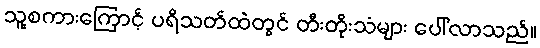
သူ့စကားကြောင့် ပရိသတ်ထဲတွင် တီးတိုးသံများ ပေါ်လာသည်။